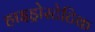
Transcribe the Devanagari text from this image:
हाइड्रोस्टेटिक